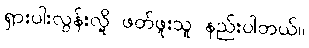
ရှားပါးလွန်းလို့ ဖတ်ဖူးသူ နည်းပါတယ်။